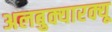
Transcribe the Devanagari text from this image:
अलबुक्यारक्यू